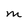
Character: M